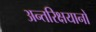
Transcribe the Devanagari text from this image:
अन्तरिक्षयानों